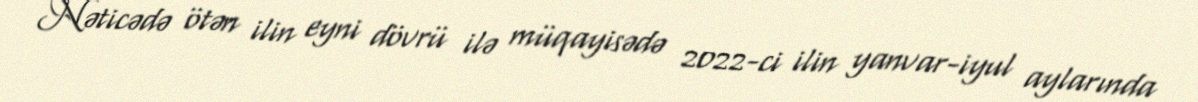
Nəticədə ötən ilin eyni dövrü ilə müqayisədə 2022-ci ilin yanvar-iyul aylarında